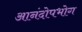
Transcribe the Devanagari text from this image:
आनंदोपभोग